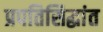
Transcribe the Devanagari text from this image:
प्रपतिसिद्धांत